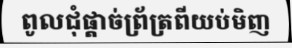
ពូលជុំផ្តាច់ព្រ័ត្រពីយប់មិញ